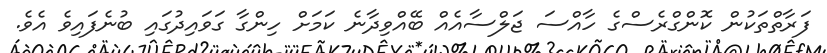
ފަރާތްތަކުން ކޮންގްރެސްގެ ހާއްސަ ޖަލްސާއެއް ބޭއްވިދާނެ ކަމަށް ހިންގާ ގަވައިދުގައި ބުނެފައިވެ އެވެ.